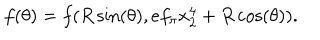
f ( \theta ) = f ( R \sin ( \theta ) , e f _ { \pi } x _ { 2 } ^ { 4 } + R \cos ( \theta ) ) .